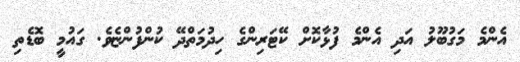
އެންމެ މަގުބޫލު އަދި އެންމެ ފުޅާކޮށް ކޭޓަރިންގެ ހިދުމަތްދޭ ކުންފުންޏެވެ. ގައުމީ ބޮޑެތި